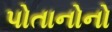
પોતાનોનો